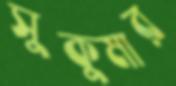
সুকুমার